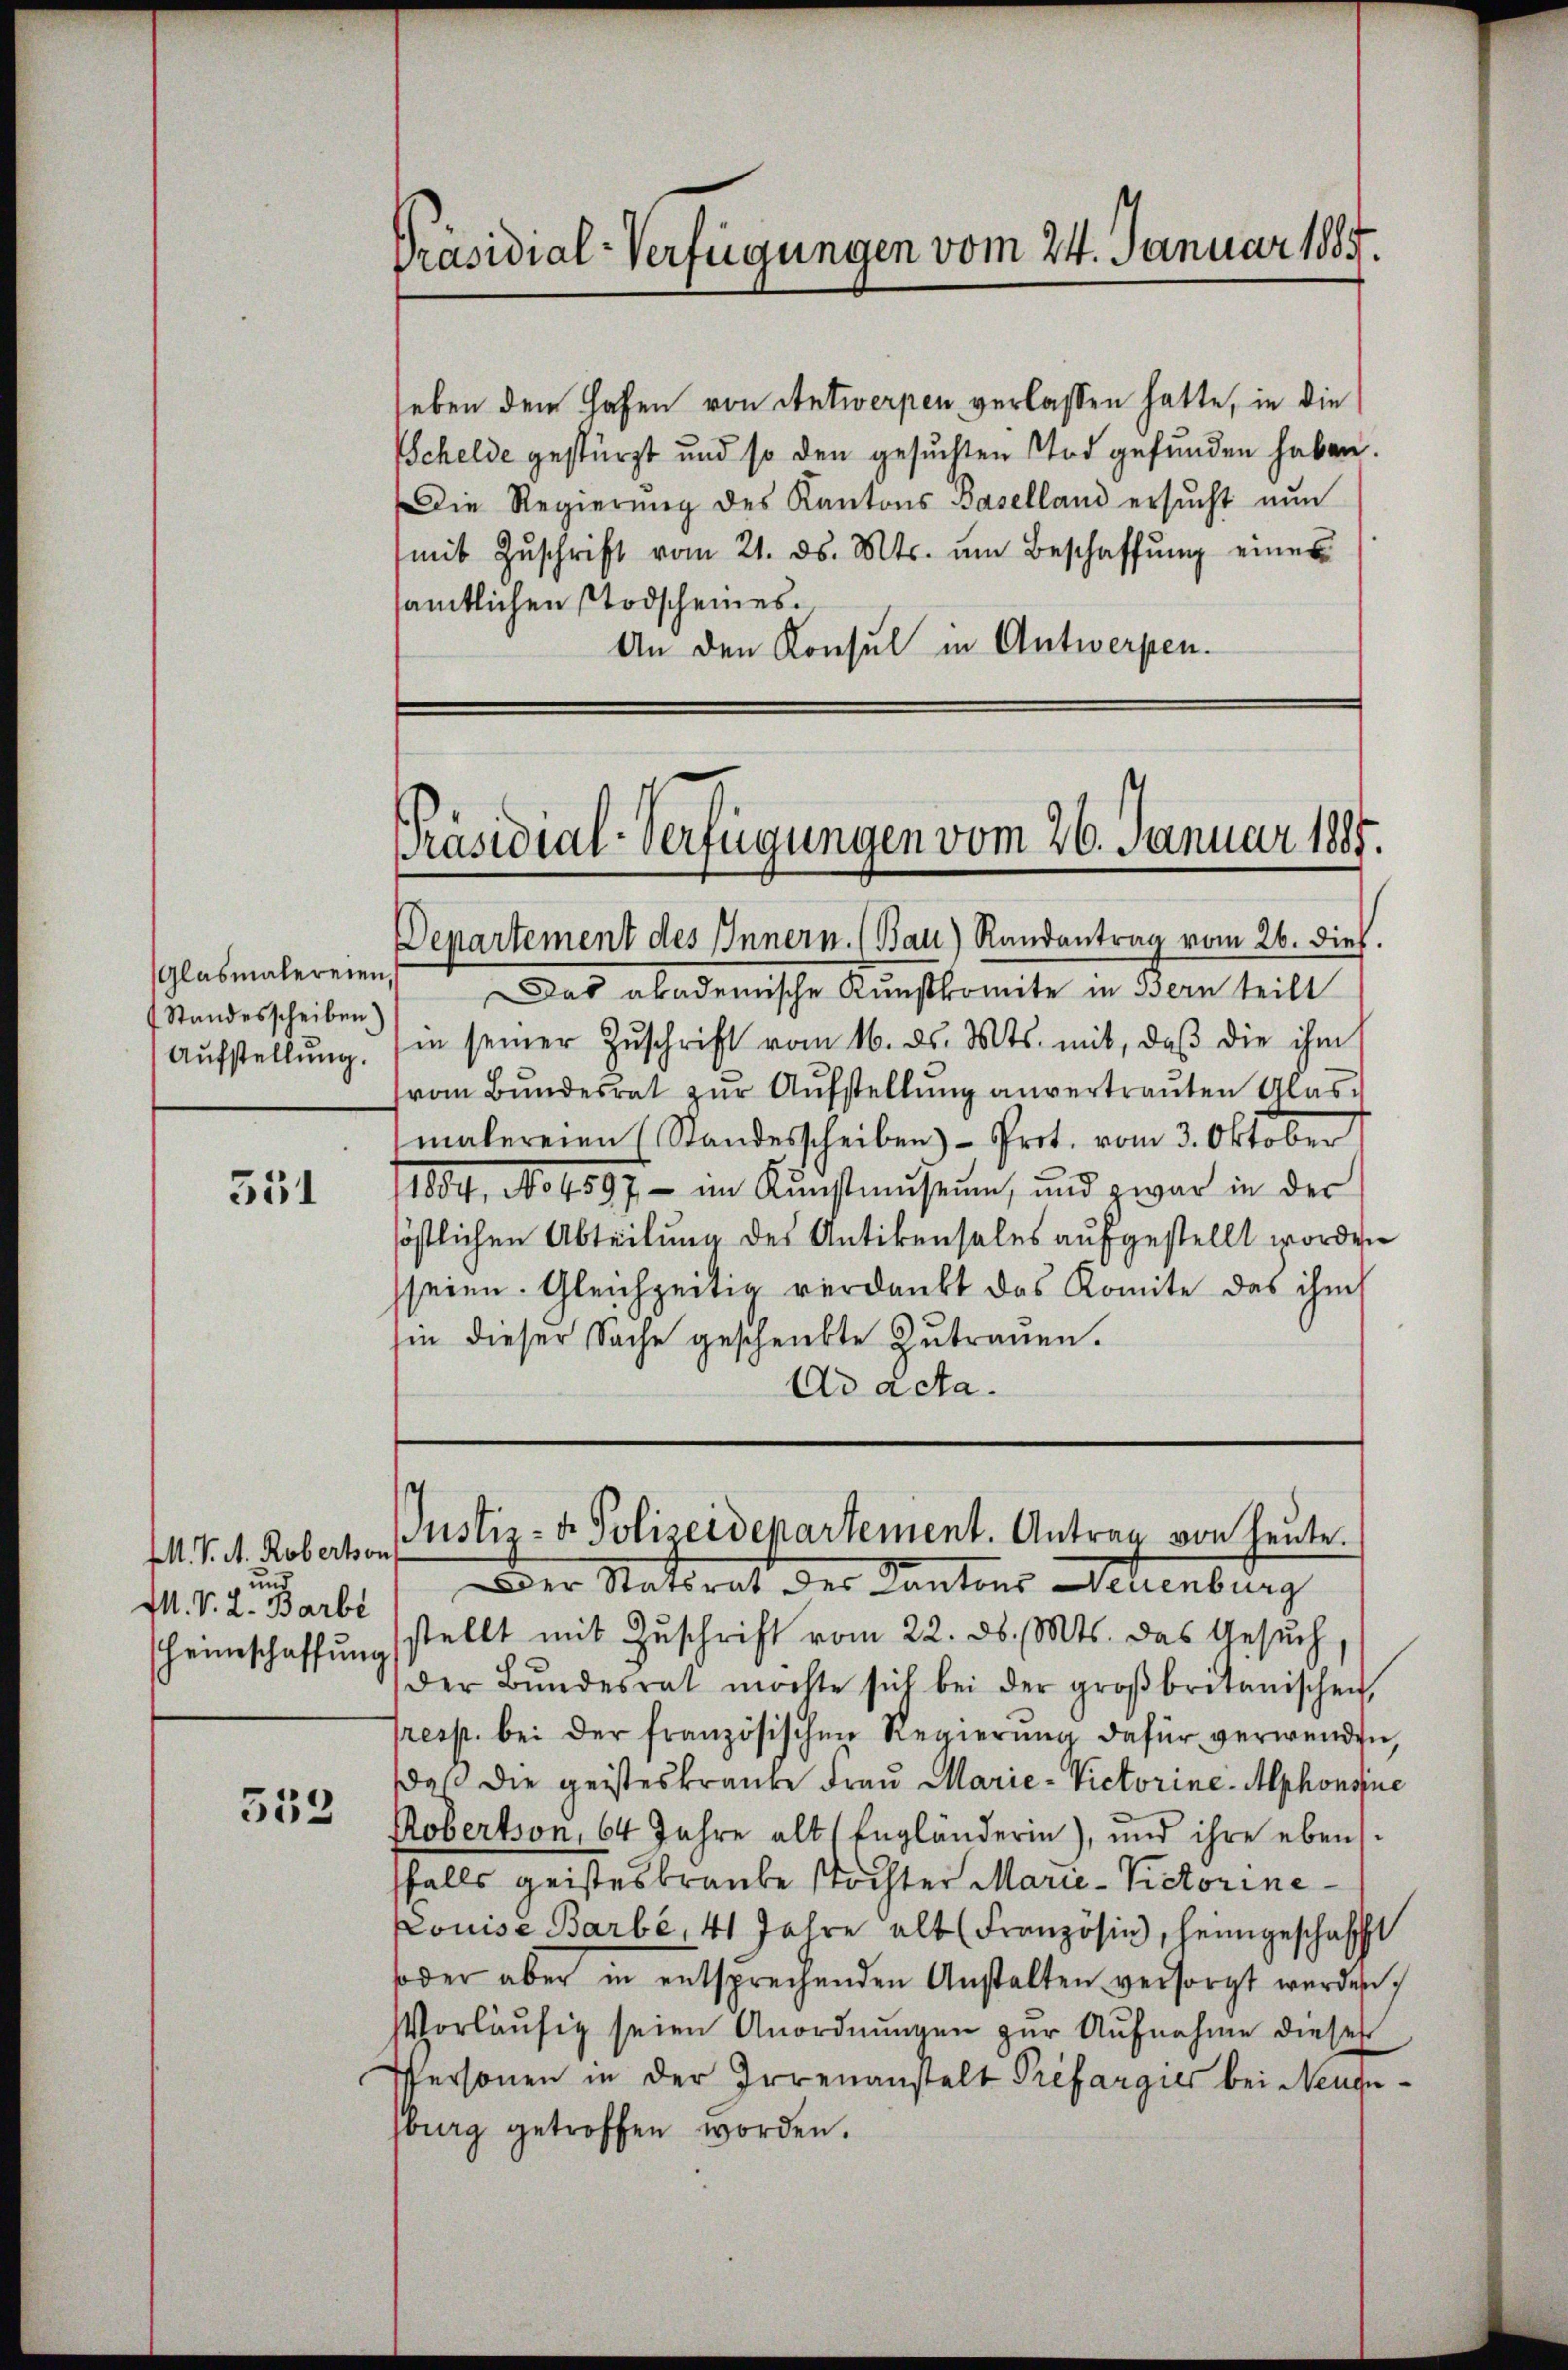
Glasmalereien,
Standesscheiben.)
Aufstellung.

351

M. V. A. Roberton
und
M. V. L. Barbe

553

Präsidial-Verfügungen vom 24. Januar 1885.

heben dem Hafen von Antwerpen verlassen hatte, in die
Schelde gestürzt und so den gesuchten Tod gefunden haben
Die Regierŭng des Kantons Baselland ersŭcht nŭn
mit Zŭschrift vom 21. ds. Mts. ŭm Beschaffŭng einer
sämtlichen Todscheines.
An den Konsul in Antwerpen.

Präsidial-Verfügungen vom 26. Januar 1885.

Departement des Innern. (Bau) Randantrag vom 26. dies
Das akademische Kunstkomite in Bern teilt
in seiner Zŭschrift vom 16. ds. Mts. mit, daβ die ihm
vom Bŭndesrat zŭr Aŭfstellŭng anvertraŭten Glas-
malereien (Standesscheiben - Prot. vom 3. Oktober
11604, No 4597 - im Kŭnstmuseum, und zwar in der
söstlichen Abteilung des Antikensales aufgestellt worden
seien. Gleichzeitig verdankt das Komite das ihm
hin dieser Sache geschenkte Zutrauen.
Ad acta.

Justiz- u. Polizeidepartement. Antrag von heute.
Der Statsrat des Kantons Neuenburg

heimschaffŭngsstellt mit Zŭschrift vom 22. ds. Mts. das Gesŭch
der Bŭndesrat möchte sich bei der groβbritanischen
resp. bei der französischen Regierŭng dafür verwenden,
daß die geisteskranke Frau Marie-Victorine-Alphonsue
Robertson, 64 Jahre alt (Engländerin), und ihre ebensfalls geisteskraute Tochter Marie-Victorine¬
Louise Barbé, 41 Jahre alt (Französin, heimgeschafft
soder aber in entsprechenden Anstalten versorgt werden,
Vorläŭfig seien Anordnŭngen zur Aufnahme dieser
Personen in der Irrenanstalt Prefargies bei Neugeburg getroffen worden.